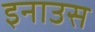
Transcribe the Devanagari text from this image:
इनाउस